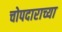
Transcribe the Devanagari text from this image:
चोपदाराच्या